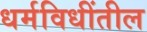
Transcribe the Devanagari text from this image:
धर्मविधींतील